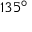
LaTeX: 1 3 5 ^ { \circ }